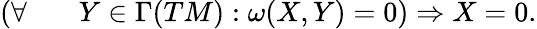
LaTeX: \begin{array}{r}{(\forall\, \, \, \, \, \, \, \, \, \, \, Y\in\Gamma(TM):\omega(X,Y)=0)\Rightarrow X=0.}\end{array}